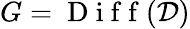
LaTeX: G=\mathrm{~D~i~f~f~}(\mathcal{D})